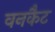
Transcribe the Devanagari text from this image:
वनकैट